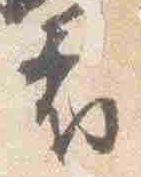
府